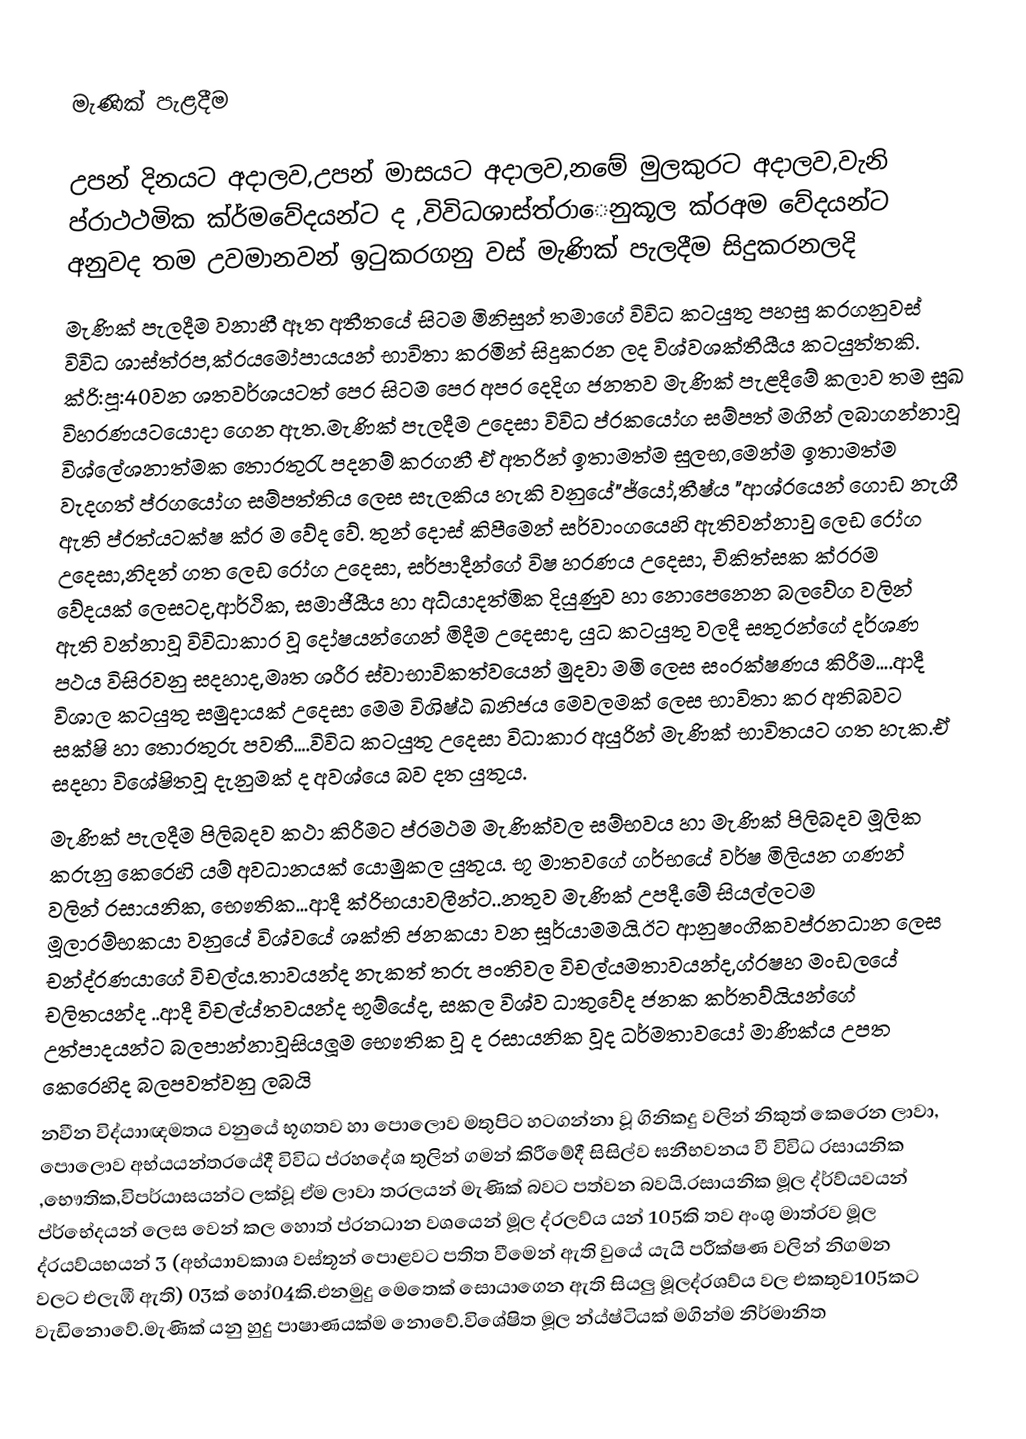

මැණික් පැළදීම

උපන් දිනයට අදාලව,උපන් මාසයට අදාලව,නමේ මුලකුරට අදාලව,වැනි ප්රාථථමික ක්ර්මවේදයන්ට ද ,විවිධශාස්ත්රාෙනුකූල ක්රඅම වේදයන්ට අනුවද තම උවමානවන් ඉටුකරගනු වස් මැණික් පැලදීම සිදුකරනලදි
මැණික් පැලදීම වනාහී ඈත අතීතයේ සිටම මිනිසුන් තමාගේ විවිධ කටයුතු පහසු කරගනුවස් විවිධ ශාස්ත්රප,ක්රයමෝපායයන් භාවිතා කරමින් සිදුකරන ලද විශ්වශක්තීයීය කටයුත්තකි. ක්රි‍:පූ:40වන ශතවර්ශයටත් පෙර සිටම පෙර අපර දෙදිග  ජනතව මැණික් පැළදීමේ කලාව තම සුඛ විහරණයටයොදා ගෙන ඇත.මැණික් පැලදීම උදෙසා විවිධ ප්රකයෝග සම්පත් මගින් ලබාගන්නාවූ විශ්ලේශනාත්මක තොරතුරැ පදනම් කරගනී ඒ අතරින් ඉතාමත්ම සුලභ,මෙන්ම ඉතාමත්ම වැදගත් ප්රගයෝග සම්පත්තිය ලෙස සැලකිය හැකි වනුයේ"ජ්යෝ,තීෂ්ය "ආශ්ර‍යෙන් ගොඩ  නැගී ඇති ප්ර‍ත්යටක්ෂ ක්ර ම වේද වේ. තුන් දොස් කිපීමෙන්  සර්වාංගයෙහි ඇතිවන්නාවු ලෙඩ රෝග උදෙසා,නිදන් ගත ලෙඩ රෝග  උදෙසා, සර්පාදීන්ගේ විෂ හරණය උදෙසා, චිකිත්සක ක්රරම වේදයක් ලෙසටද,ආර්ථික, සමාජීයීය  හා  අධ්යාදත්මික දියුණුව හා නොපෙනෙන බලවේග වලින් ඇති වන්නාවූ විවිධාකාර වූ දෝෂයන්ගෙන් මිදීම උදෙසාද, යුධ කටයුතු වලදී සතුරන්ගේ දර්ශණ පථය විසිරවනු සදහාද,මෘත ශරීර ස්වාභාවිකත්වයෙන් මුදවා මමි ලෙස සංරක්ෂණය කිරීම....ආදී විශාල කටයුතු සමුදායක් උදෙසා මෙම විශිෂ්ඨ  ඛනිජය මෙවලමක් ලෙස භාවිතා කර අතිබවට සක්ෂි හා තොරතුරු පවතී….විවිධ කටයුතු උදෙසා විධාකාර අයුරින් මැණික් භාවිතයට ගත හැක.ඒ සදහා විශේෂිතවූ දැනුමක් ද අවශ්යෙ බව දත යුතුය.
මැණික් පැලදීම පිලිබදව කථා කිරීමට ප්රමථම මැණික්වල සම්භවය හා මැණික් පිලිබදව මූලික කරුනු කෙරෙහි යම් අවධානයක් යොමුකල යුතුය. භූ මාතවගේ ගර්භයේ වර්ෂ මිලියන ගණන් වලින් රසායනික, භෞතික...ආදී ක්රිභයාවලීන්ට..නතුව මැණික් උපදී.මේ සියල්ලටම මූලාරම්භකයා වනුයේ විශ්වයේ ශක්ති ජනකයා වන සූර්යාමමයි.ඊට ආනුෂංගිකවප්රනධාන ලෙස චන්ද්රණයාගේ විචල්ය.තාවයන්ද නැකත් තරු පංතිවල විචල්යමතාවයන්ද,ග්රෂහ මංඩලයේ චලිතයන්ද ..ආදී විචල්ය්තවයන්ද භූම්යේද, සකල විශ්ව ධාතුවේද ජනක කර්තව්යියන්ගේ උත්පාදයන්ට බලපාන්නාවූසියලූම භෞතික වූ ද රසායනික වූද ධර්මතාවයෝ මාණික්ය  උපත කෙරෙහිද බලපවත්වනු ලබයි
නවීන විද්යාාඥමතය වනුයේ භූගතව හා පොලොව මතුපිට හටගන්නා වූ ගිනිකදු වලින් නිකුත් කෙරෙන ලාවා, පොලොව අභ්යයන්තරයේදී විවිධ ප්රහදේශ තුලින් ගමන් කිරීමේදී සිසිල්ව ඝනීභවනය වී විවිධ රසායනික ,භෞතික,විපර්යාසයන්ට ලක්වූ ඒම ලාවා තරලයන් මැණික් බවට පත්වන බවයි.රසායනික මූල ද්ර්ව්යවයන් ප්ර්භේදයන් ලෙස වෙන් කල හොත් ප්රනධාන වශයෙන් මූල ද්රලව්ය යන්    105කි තව අංශු මාත්රව මූල ද්රයව්යභයන් 3  (අභ්යාාවකාශ වස්තූන් පොළවට පතිත වීමෙන්   ඇති  වුයේ යැයි පරීක්ෂණ වලින් නිගමන වලට එලැඹී ඇති) 03ක් හෝ04කි.එනමුදු මෙතෙක් සොයාගෙන ඇති සියලු මූලද්රශව්ය වල එකතුව105කට වැඩිනොවේ.මැණික් යනු හුදු පාෂාණයක්ම නොවේ.විශේෂිත මූල න්ය්ෂ්ටියක් මගින්ම නිර්මානිත